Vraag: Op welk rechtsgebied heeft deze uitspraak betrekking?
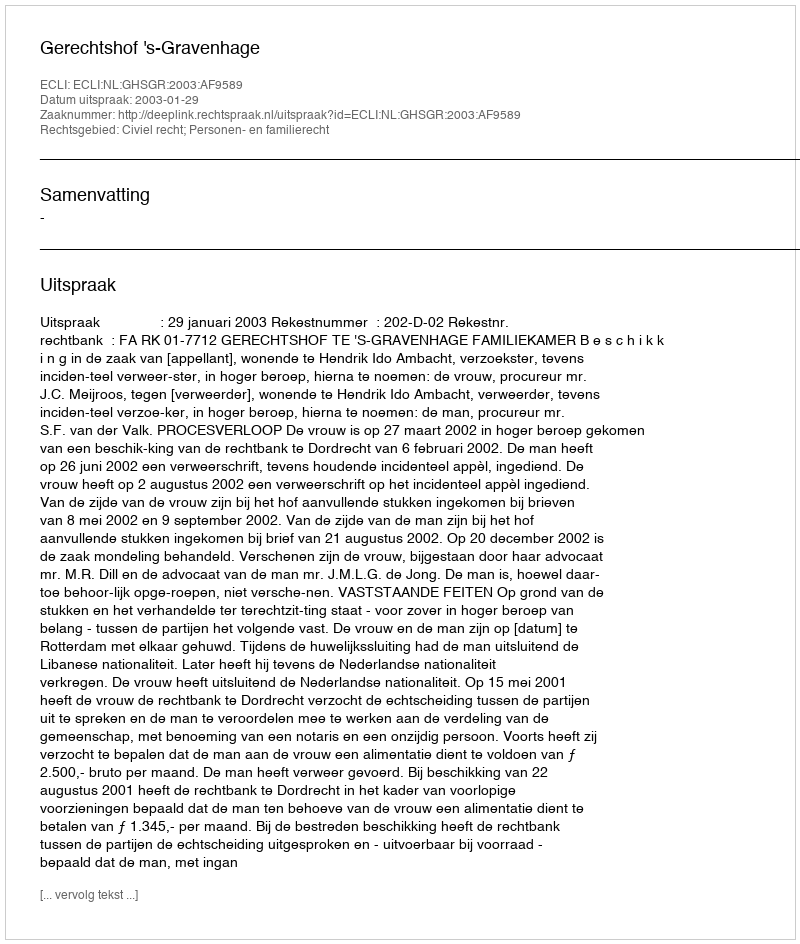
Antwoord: Civiel recht; Personen- en familierecht